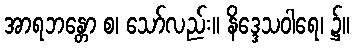
အာရဘန္တော စ၊ သော်လည်း။ နိဒ္ဒေသဝါရေ၊ ၌။